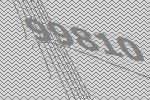
99810